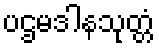
ပဌမဒါနသုတ္တံ